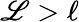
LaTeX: \mathscr{L}>\ell